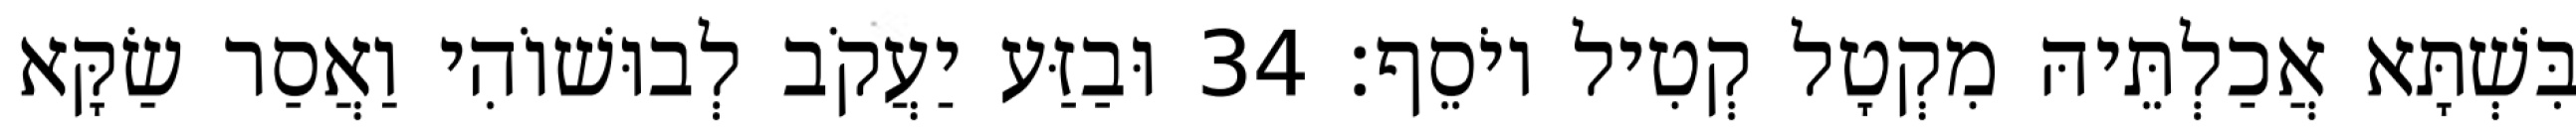
בִּשְׁתָּא אֲכַלְתֵּיהּ מִקְטָל קְטִיל יוֹסֵף׃ 34 וּבַזַּע יַעֲקֹב לְבוּשׁוֹהִי וַאֲסַר שַׂקָּא